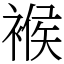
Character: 䙈